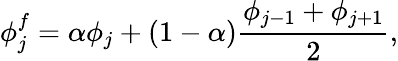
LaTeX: \phi_{j}^{f}=\alpha\phi_{j}+(1-\alpha)\frac{\phi_{j-1}+\phi_{j+1}}{2},